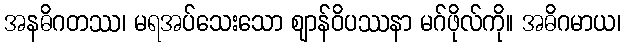
အနဓိဂတဿ၊ မရအပ်သေးသော ဈာန်ဝိပဿနာ မဂ်ဖိုလ်ကို။ အဓိဂမာယ၊